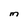
Character: M